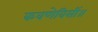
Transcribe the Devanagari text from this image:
कवणेविसीं॥